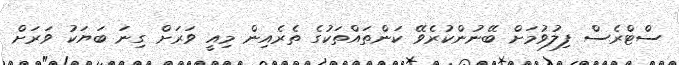
ސްޓްރެސް ފިލުވުމަށް ބޭނުންކުރެވޭ ކަންތައްތަކުގެ ތެރެއިން މިއީ ވަރަށް ގިނަ ބަޔަކު ވަރަށް